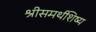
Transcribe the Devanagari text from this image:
श्रीसमर्थशिष्य